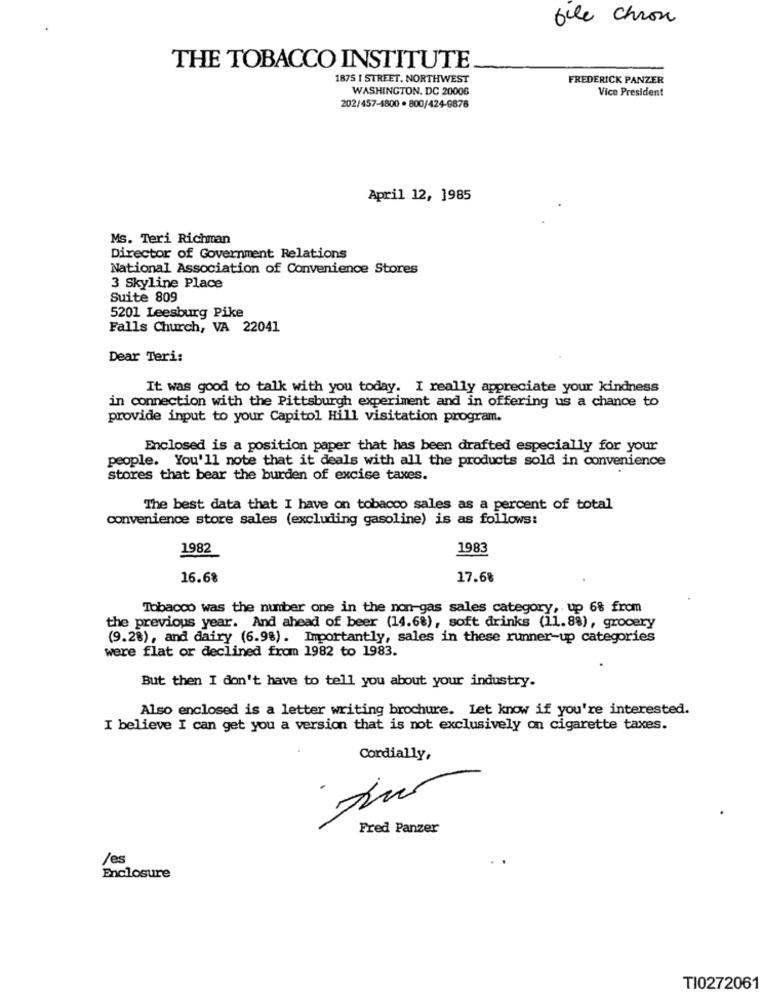
bile chron
THE TOBACCO INSTITUTE
1875 1 STREET. NORTHWEST
FREDERICK PANZER
WASHINGTON, DC 20006
Vice President
202/457-1800 . 800/424-9876
April 12, 1985
Ms. Teri Richman
Director of Government Relations
National Association of Convenience Stores
3 Skyline Place
Suite 809
5201 Leesburg Pike
Falls Church, VA 22041
Dear Teri:
It was good to talk with you today. I really appreciate your kindness
in connection with the Pittsburgh experiment and in offering us a chance to
provide input to your Capitol Hill visitation program.
Enclosed is a position paper that has been drafted especially for your
people. You'll note that it deals with all the products sold in convenience
stores that bear the burden of excise taxes.
The best data that I have on tobacco sales as a percent of total
convenience store sales (excluding gasoline) is as follows:
1982
1983
16.68
17.68
Tobacco was the number one in the non-gas sales category, up 6% from
the previous year. And ahead of beer (14.6%), soft drinks (11.88), grocery
(9.28), and dairy (6.98). Importantly, sales in these runner-up categories
were flat or declined from 1982 to 1983.
But then I don't have to tell you about your industry.
Also enclosed is a letter writing brochure. Let know if you're interested.
I believe I can get you a version that is not exclusively on cigarette taxes.
Cordially,
Fred Panzer
/es
Enclosure
TI0272061